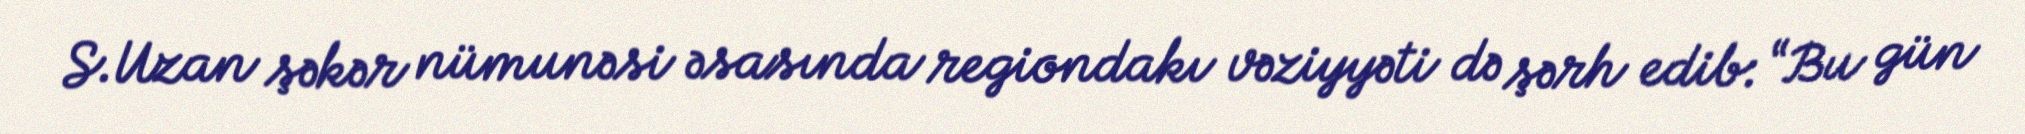
S.Uzan şəkər nümunəsi əsasında regiondakı vəziyyəti də şərh edib: “Bu gün